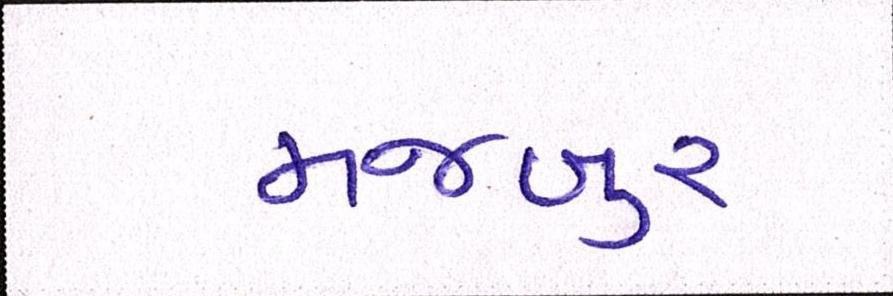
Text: મજબુર